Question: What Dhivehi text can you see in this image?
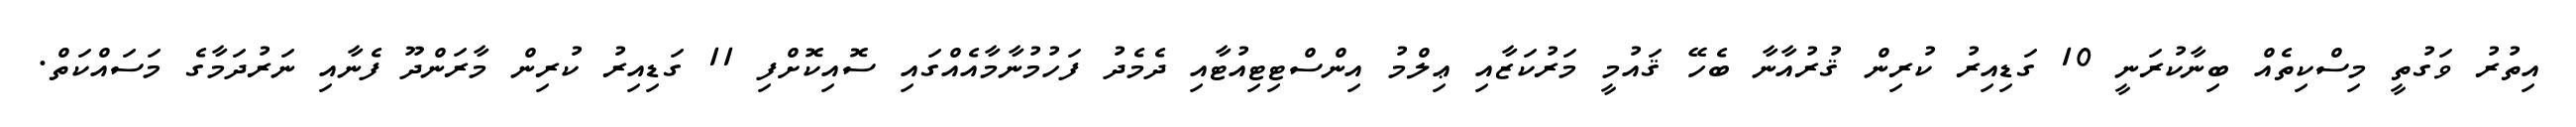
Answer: އިތުރު ވަގުތީ މިސްކިތެއް ބިނާކުރަނީ 10 ގަޑިއިރު ކުރިން ޤުރުއާނާ ބެހޭ ޤައުމީ މަރުކަޒާއި ޢިލްމު އިންސްޓިޓިއުޓާއި ދެމެދު ފަހުމުނާމާއެއްގައި ސޮއިކޮށްފި 11 ގަޑިއިރު ކުރިން މާރަންދޫ ފެނާއި ނަރުދަމާގެ މަސައްކަތް.